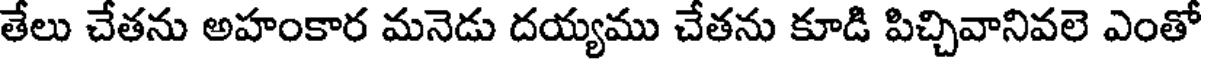
తేలు చేతను అహంకార మనెడు దయ్యము చేతను కూడి పిచ్చివానివలె ఎంతో